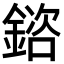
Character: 𨩲